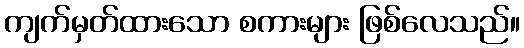
ကျက်မှတ်ထားသော စကားများ ဖြစ်လေသည်။